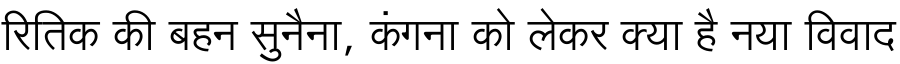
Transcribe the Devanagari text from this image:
रितिक की बहन सुनैना, कंगना को लेकर क्या है नया विवाद